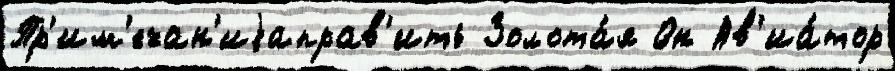
Пр'им'ечан'иjаправ'ить Золота́я Он Ав'иа́тор